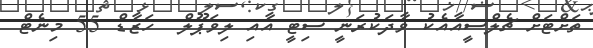
ތަށްޓަށް ޗެލްސީއާއެކު ވާދަކުރަނީ ސިޓީ އާއި ލިވަޕޫލް  ހަޒާޑް 55 މިނެޓް